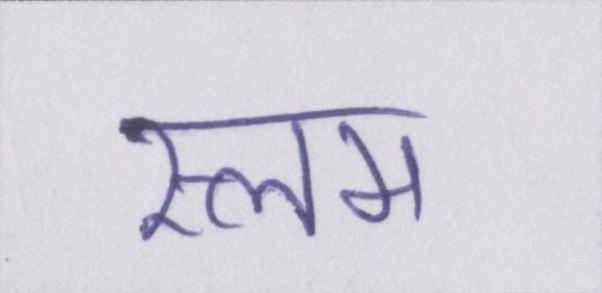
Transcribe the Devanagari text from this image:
स्लम